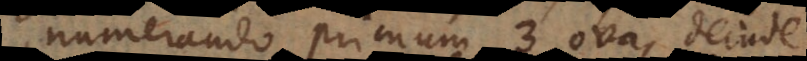
numerando primum 3 ova, deinde